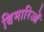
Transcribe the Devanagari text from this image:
बिमारिओं